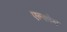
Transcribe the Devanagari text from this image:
एल्कोय